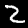
Label: 2